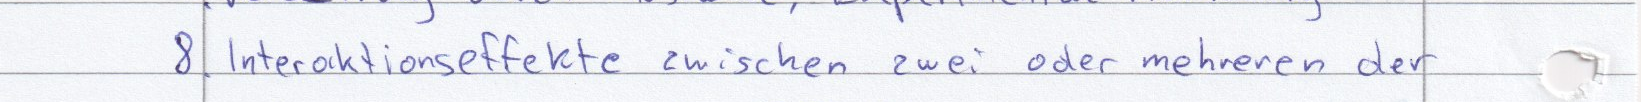
8. Interaktionseffekte zwischen zwei oder mehreren der